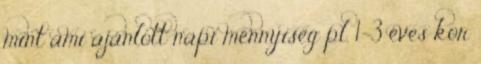
mint ami ajánlott napi mennyiség pl. 1-3 éves kor